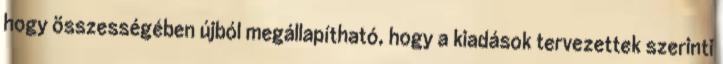
hogy összességében újból megállapítható, hogy a kiadások tervezettek szerinti